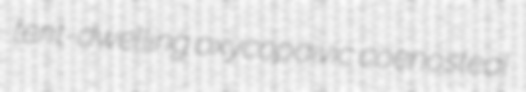
tent-dwelling oxycopaivic coenosteal